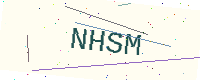
Text: NHSM